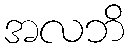
အလဘိ